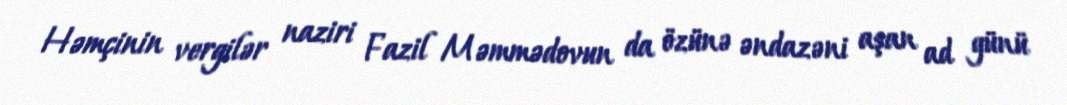
Həmçinin vergilər naziri Fazil Məmmədovun da özünə əndazəni aşan ad günü